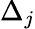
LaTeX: \Delta_{j}